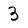
Character: 3